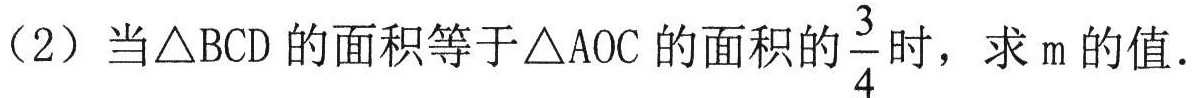
（2）当\(\triangle BCD\)的面积等于\(\triangle AOC\)的面积的\(\frac{3}{4}\)时，求\(m\)的值.